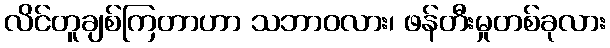
လိင်တူချစ်ကြတာဟာ သဘာဝလား၊ ဖန်တီးမှုတစ်ခုလား